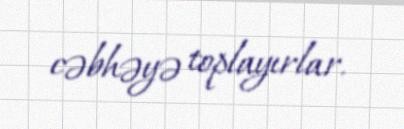
cəbhəyə toplayırlar.